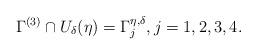
LaTeX: \begin{align*} \Gamma^{(3)}\cap U_{\delta}(\eta)=\Gamma^{\eta,\delta}_{j}, j=1,2,3,4.\end{align*}